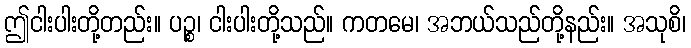
ဤငါးပါးတို့တည်း။ ပဉ္စ၊ ငါးပါးတို့သည်။ ကတမေ၊ အဘယ်သည်တို့နည်း။ အသုစိ၊